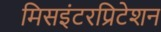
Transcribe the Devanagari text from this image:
मिसइंटरप्रिटेशन